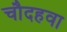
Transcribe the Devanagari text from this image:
चौदहवा